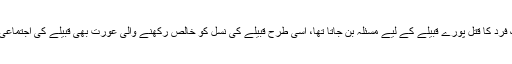
جس طرح قبیلے کے ایک فرد کا قتل پورے قبیلے کے لیے مسئلہ بن جاتا تھا، اسی طرح قبیلے کی نسل کو خالص رکھنے والی عورت بھی قبیلے کی اجتماعی عزت کی نمائندہ بن گئی۔